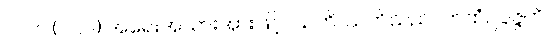
၂၀၆။ (၂၀၇) အရေးအသားအားဖြင့်။ သတိ၊ သတိသည်။ ကထံဥပ္ပဇ္ဇတိ၊